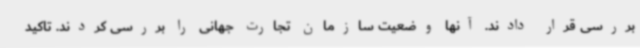
بررسی قرار دادند. آنها وضعیت سازمان تجارت جهانی را بررسی کردند. تاکید